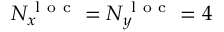
N _ { x } ^ { \mathrm { ~ l ~ o ~ c ~ } } = N _ { y } ^ { \mathrm { ~ l ~ o ~ c ~ } } = 4